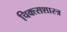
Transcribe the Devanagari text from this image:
चिक्त्सशास्त्र